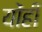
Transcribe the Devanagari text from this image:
योंही